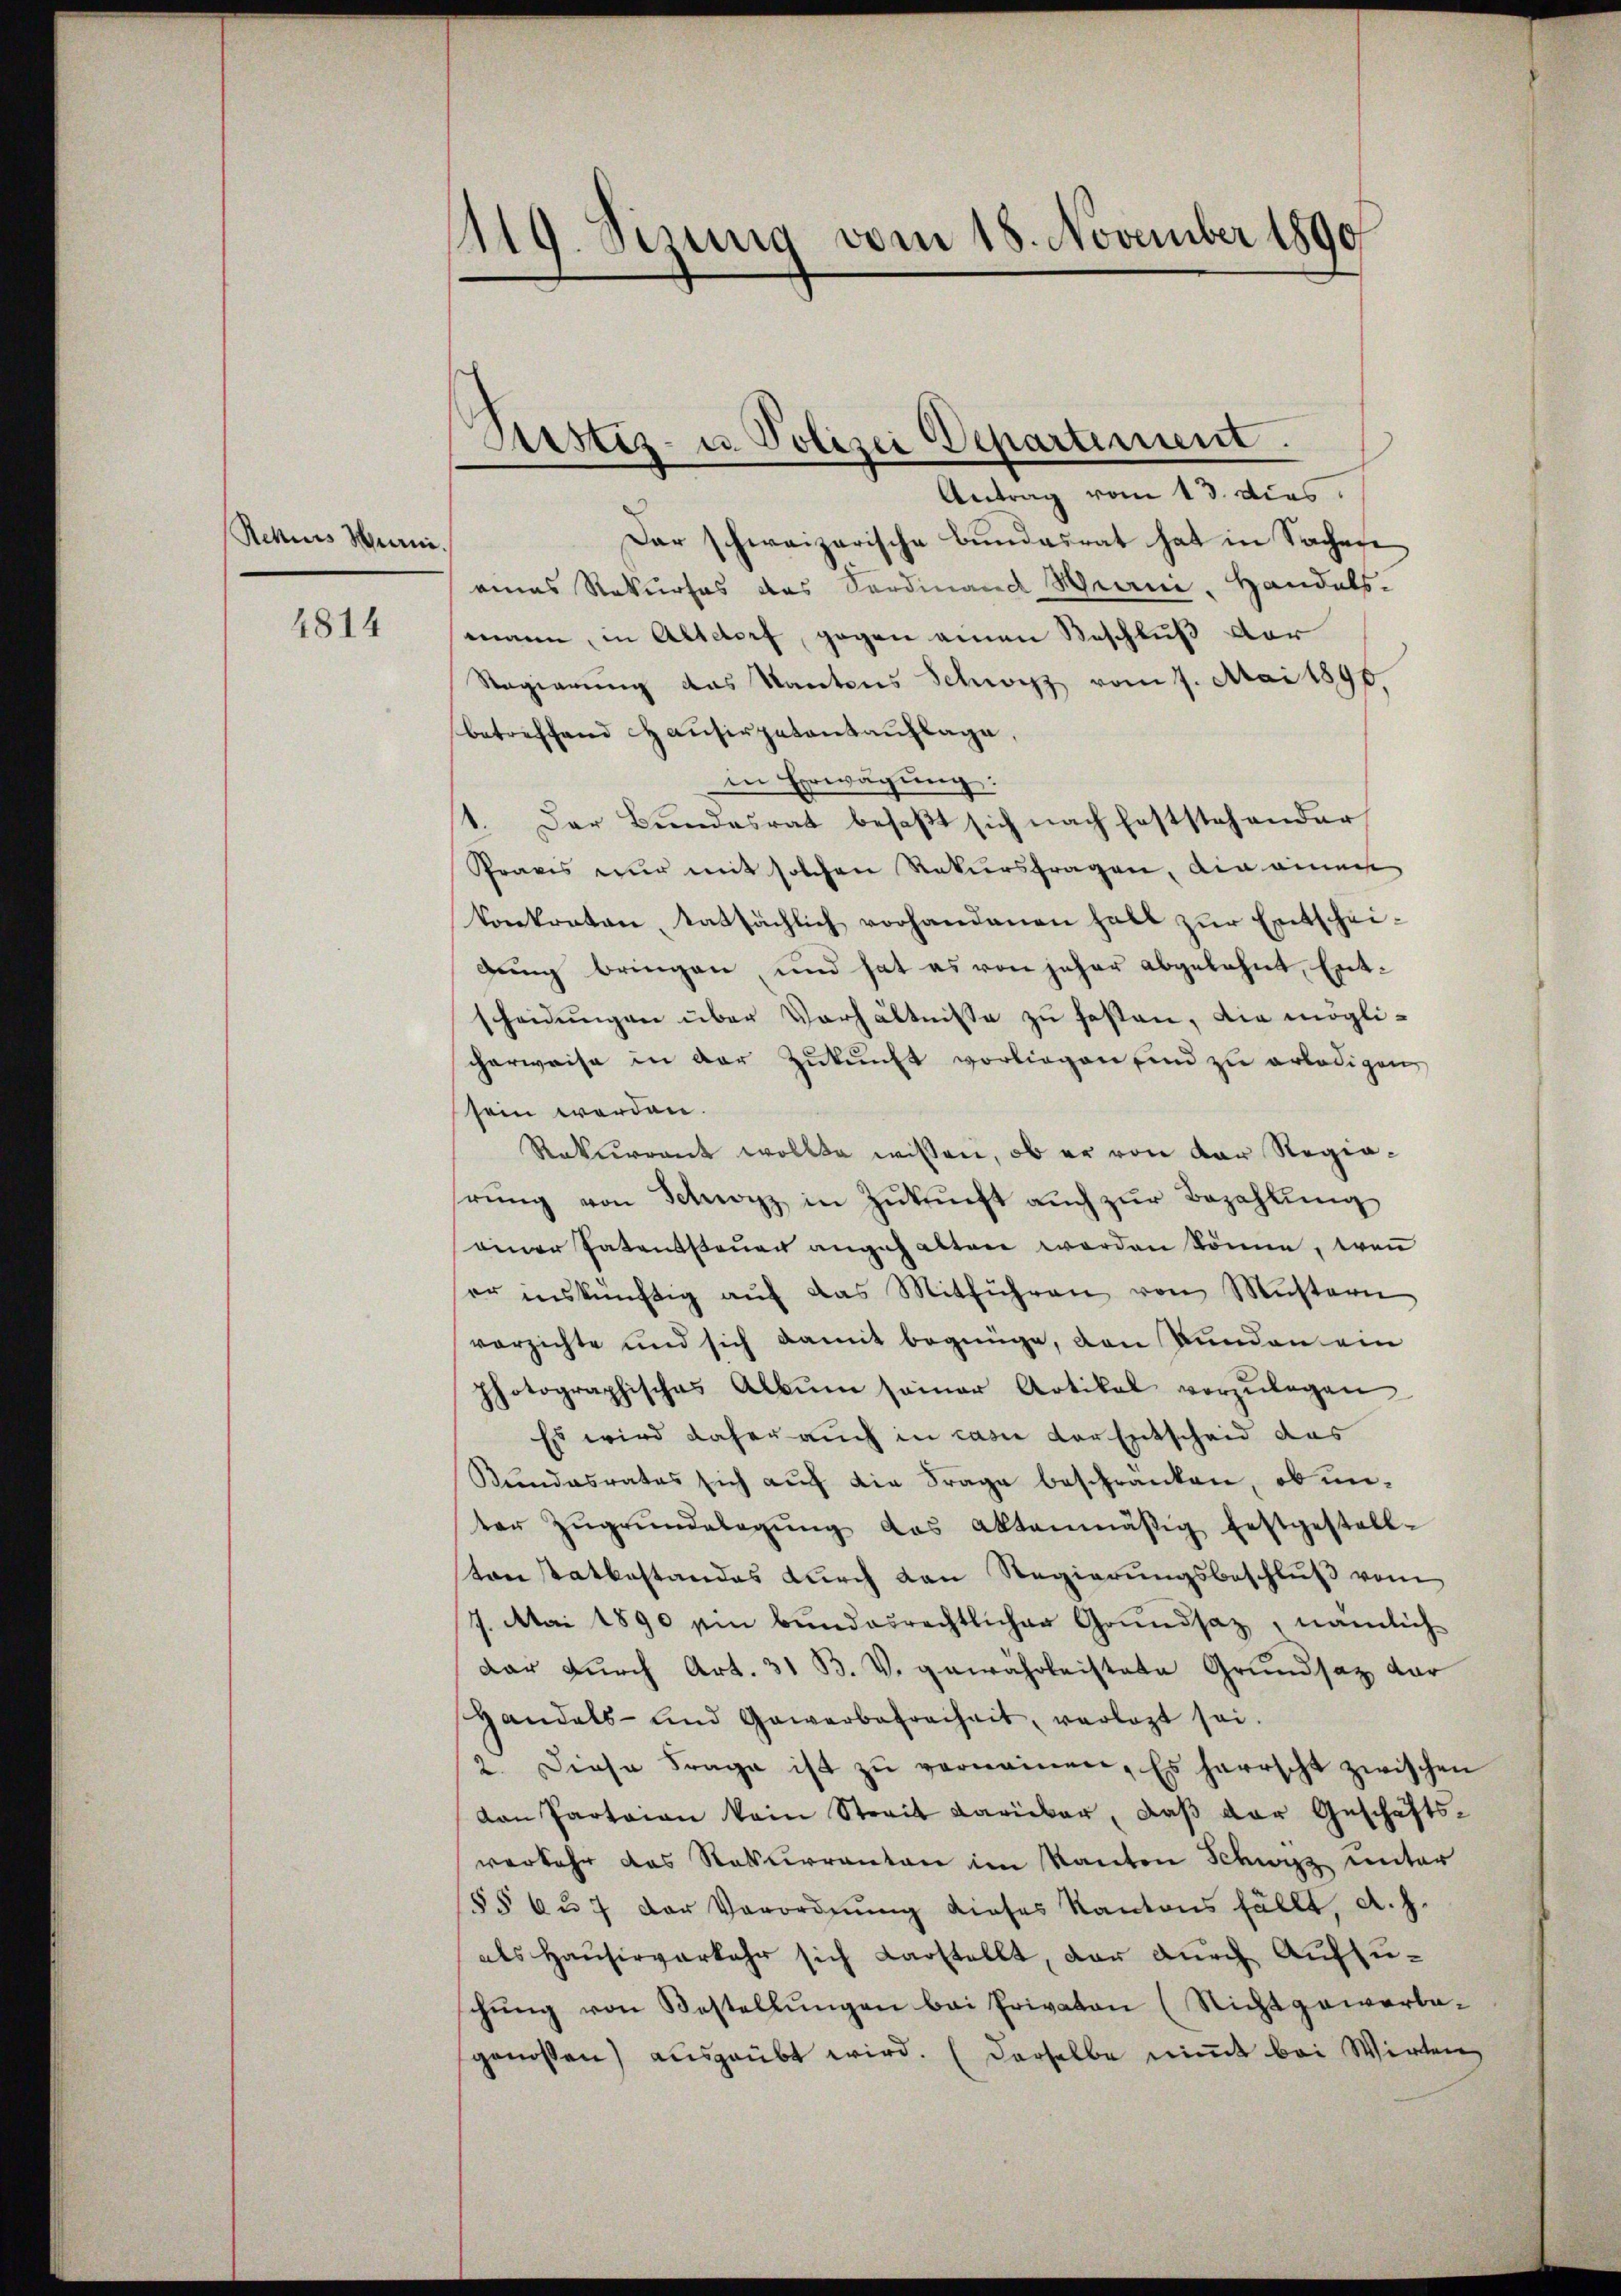
Rchues Herre.

4814

¬
119. Sezung vom 18. November 1890

Antrag vom 13. dies.
Dar schweizerische Bundesrat hat in Sachere
eines Rekurses des Fordinand Heani, Handels.
mann, in Altdorf, gegen einen Beschluß der
Regierung das Kantons Schwyz vom 7. Mai 1896.
betreffend Hausirpatentauflage,
in Erwägung:
1. Der Bŭndesrat besaβt sich nach feststehender
Pravis nur mit solchen Rekursfragen, die einen
konkraten, tatsächlich vorhandenen habt zur Entscheidung bringen, und hat es von jeher abgelehnt, Entscheidungen über Verhältnisse zu festen, die möglicherweise in der Zŭkŭnft vorliegen sind zu erledigen
sein werden.
Rekurrent wollte wissen, ob er von der Regierŭng von Schwyz in Zŭkŭnft aŭch zŭr Bezahlŭng
einer Patenssteuer angehalten werden könne, wenn
er inskünftig aŭf das Mitführen von Mustern
vorzichte und sich damit begnüge, den Bunden ein
photographisches Albŭm seiner Artikal vorzŭlegen
Es wird daher auch in cas der Entscheid das
Kŭndesrates sich aŭf die Frage beschränken, ob un-
ter Zŭgrŭndelegŭng das Aktenmäßig festgestell-
ton statbestandes durch den Regierungsbeschlŭβ vom
7. Mai 1890 ein bundesrechtlicher Grundsaz, nämlich
dar durch Art. 31 B. V. gewährleistete Grundsatz dar
Handels- und Gewerbefreiheit, verlegt sei.
2. Diese Frage ist zŭ verneinen. Es herrscht zwischen
van Parteien kein Streit darüber, daß der Geschäftsverkehr das Naturrenten im Kanton Schwyz unter
§§ 6 u. 7 der Verordnŭng dieses Kantons fällt, A. h.
als Hausirverkehr sich darstellt, der durch Aufzuschung von Bestellungen bei Privaten (Nicht gewerbagenossen) ausgeübt wird. (Derselbe nimmt bei Wirten,

Astiz- u. Polizei Departement.